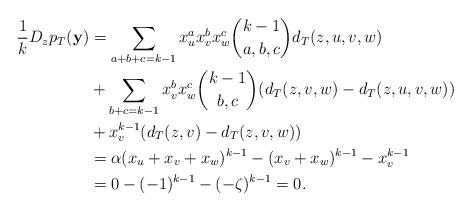
LaTeX: \begin{align*} \frac{1}{k} D_z p_T (\mathbf{y}) &= \sum_{a+b+c=k-1} x_u^a x_v^b x_w^c \binom{k-1}{a,b,c} d_T(z,u,v,w) \\ & + \sum_{b+c=k-1} x_v^b x_w^c \binom{k-1}{b,c} (d_T(z,v,w)-d_T(z,u,v,w)) \\ & + x_v^{k-1} (d_T(z,v)-d_T(z,v,w))\\ &= \alpha (x_u+x_v+x_w)^{k-1} - (x_v+x_w)^{k-1} - x_v^{k-1} \\ &= 0 - (-1)^{k-1} - (-\zeta)^{k-1} = 0. \end{align*}